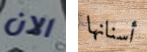
الان أسنانها